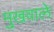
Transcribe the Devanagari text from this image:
मुखवाले